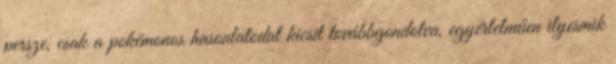
persze, csak a pokémonos hasonlatodat kicsit továbbgondolva, egyértelműen ilyesmik